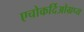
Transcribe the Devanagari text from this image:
एचोकर्दिओग्रप्य